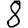
Digit: 8